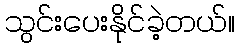
သွင်းပေးနိုင်ခဲ့တယ်။